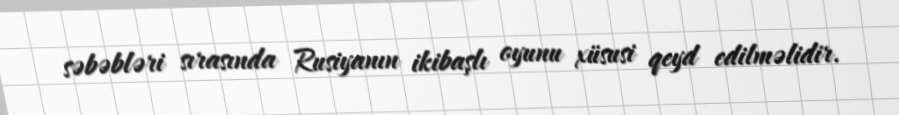
səbəbləri sırasında Rusiyanın ikibaşlı oyunu xüsusi qeyd edilməlidir.